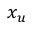
x _ { u }